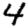
Digit: 4